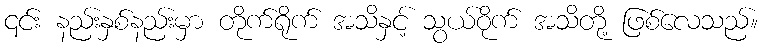
၎င်း နည်းနှစ်နည်းမှာ တိုက်ရိုက် အသိနှင့် သွယ်ဝိုက် အသိတို့ ဖြစ်လေသည်။